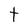
Character: t